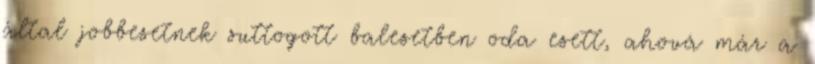
által jobbesetnek suttogott balesetben oda esett, ahová már a